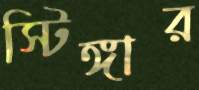
স্টিঙ্গার